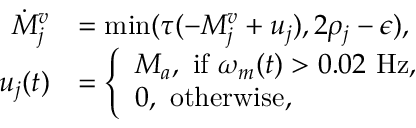
\begin{array} { r l } { \dot { M } _ { j } ^ { v } } & { = \operatorname* { m i n } ( \tau ( - M _ { j } ^ { v } + u _ { j } ) , 2 \rho _ { j } - \epsilon ) , } \\ { u _ { j } ( t ) } & { = \left\{ \begin{array} { l l } { M _ { a } , \mathrm { ~ i f ~ } \omega _ { m } ( t ) > 0 . 0 2 \mathrm { ~ H z , } } \\ { 0 , \mathrm { ~ o t h e r w i s e } , } \end{array} \right. } \end{array}